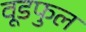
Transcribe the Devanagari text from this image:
वूडफुल